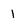
Character: 1